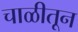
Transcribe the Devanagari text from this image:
चाळीतून